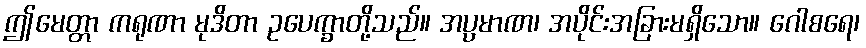
ဤမေတ္တာ ကရုဏာ မုဒိတာ ဥပေက္ခာတို့သည်။ အပ္ပမာဏ၊ အပိုင်းအခြားမရှိသော။ ဂေါစရေ၊